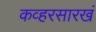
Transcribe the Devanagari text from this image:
कव्हरसारखं